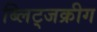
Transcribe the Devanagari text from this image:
ब्लिट्जक्रीग